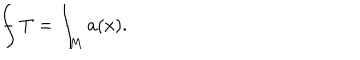
LaTeX: { \int \! \! \! \! \! \! - } \ T = \int _ { M } a ( x ) .